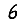
Digit: 6